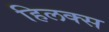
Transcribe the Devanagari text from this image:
हिलक्स